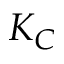
K _ { C }